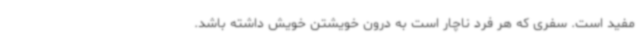
مفید است. سفری که هر فرد ناچار است به درون خویشتن خویش داشته باشد.